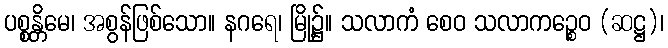
ပစ္စန္တိမေ၊ အစွန်ဖြစ်သော။ နဂရေ၊ မြို့၌။ သလာကံ စေဝ သလာကဉ္စေဝ (ဆဋ္ဌ)၊